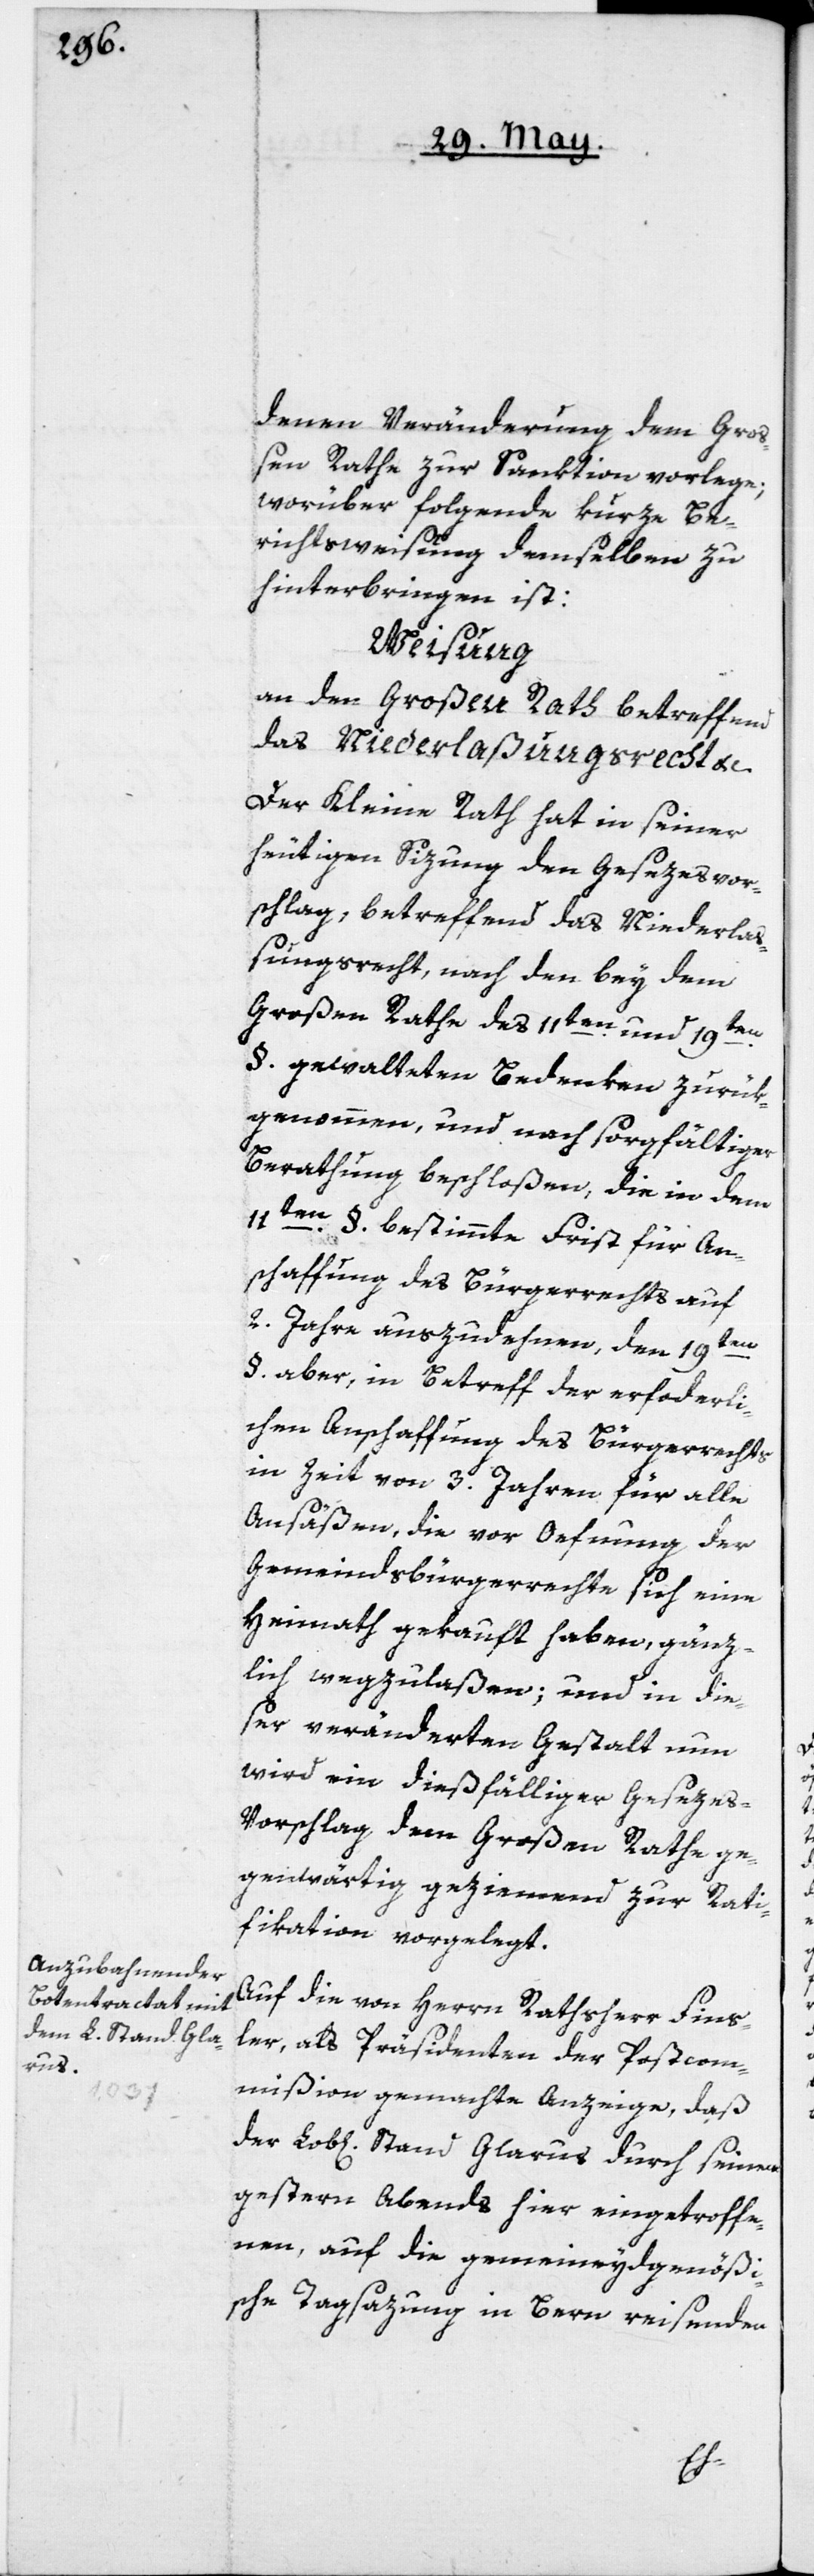
denen Veränderung dem Gro¬
ßen Rathe zur Sanktion vorlege;
worüber folgende kurze Be¬
richtsweisung demselben zu
hinterbringen ist:
Weisung
an den Großen Rath, betreffend
das Niederlaßungsrecht etc.
Der Kleine Rath hat in seiner
heutigen Sizung den Gesezesvor¬
schlag, betreffend das Niederlaß¬
ungsrecht, nach den bey dem
Großen Rathe des 11ten und 19ten
§. gewalteten Bedenken zurük¬
genommen, und nach sorgfältiger
Berathung beschloßen, die in dem
11ten §. bestimmte Frist für An¬
schaffung des Bürgerrechts auf
2. Jahre auszudehnen, den 19ten
§. aber, in Betreff der erforderli¬
chen Anschaffung des Bürgerrechts
in Zeit von 3. Jahren für alle
Ansäßen, die vor Oeffnung der
Gemeindsbürgerrechte sich eine
Heimath gekauft haben, gänz¬
lich wegzulaßen; und in die¬
ser veränderten Gestalt nun
wird ein dießfälliger Geseze¬
s-Vorschlag dem Großen Rathe ge¬
genwärtig geziemend zur Rati¬
fication vorgelegt.
Auf die von Herrn Rathsherr Fins¬
ler, als Präsidenten der Postcom¬
mißion gemachte Anzeige, daß
der Lob[liche] Stand Glarus durch seine
gestern Abends hier eingetroffe¬
nen, auf die gemeineydgenößi¬
sche Tagsazung in Bern reisenden